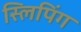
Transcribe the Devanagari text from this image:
स्लिपिंग